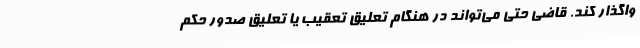
واگذار کند. قاضی حتی می‌تواند در هنگام تعلیق تعقیب یا تعلیق صدور حکم